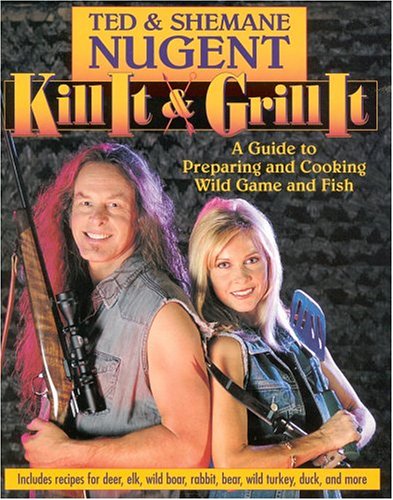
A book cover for Kill It & Grill It: A Guide To Preparing And Cooking Wild Game And Fish; Ted Nugent; Cookbooks, Food & Wine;